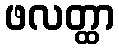
ဖလတ္ထာ